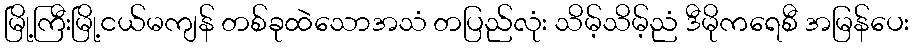
မြို့ကြီးမြို့ငယ်မကျန် တစ်ခုထဲသောအသံ တပြည်လုံး သိမ့်သိမ့်ညံ ဒီမိုကရေစီ အမြန်ပေး